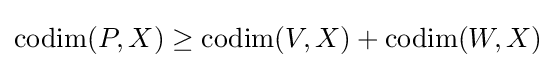
\operatorname {codim} (P,X)\geq \operatorname {codim} (V,X)+\operatorname {codim} (W,X)